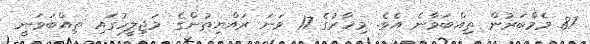
87 މެމްބަރުން ތިއްބަވާނެ އެވެ. މިހާރުގެ 17 ވަނަ ރައްޔިތުންގެ މަޖިލީހުގައި ތިއްބަވަނީ